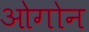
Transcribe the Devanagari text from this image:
ओगोन